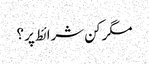
مگر کن شرائط پر ؟